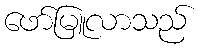
ဖော်မြူလာသည်